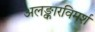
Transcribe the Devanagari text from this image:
अलङ्कारविमर्श